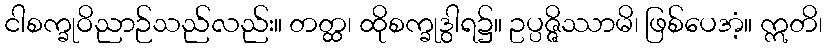
ငါစက္ခုဝိညာဉ်သည်လည်း။ တတ္ထ၊ ထိုစက္ခုဒွါရ၌။ ဥပ္ပဇ္ဇိဿာမိ၊ ဖြစ်ပေအံ့။ ဣတိ၊